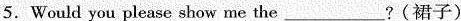
5.Would you please show me the ___ ?(裙子)